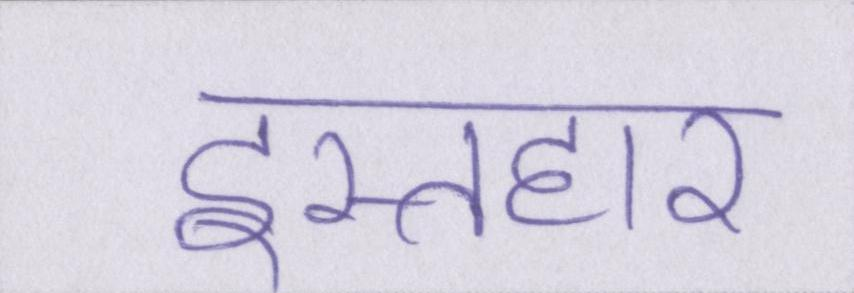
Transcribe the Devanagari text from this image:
इस्तहार